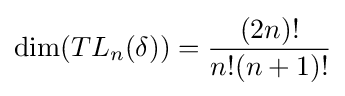
\dim(TL_{n}(\delta ))={\frac {(2n)!}{n!(n+1)!}}